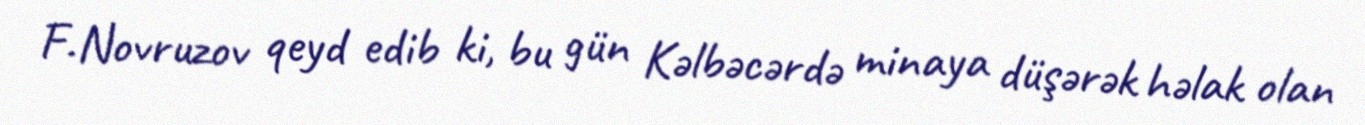
F.Novruzov qeyd edib ki, bu gün Kəlbəcərdə minaya düşərək həlak olan